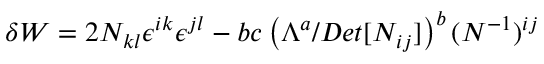
{ \delta W } = 2 N _ { k l } \epsilon ^ { i k } \epsilon ^ { j l } - b c \left( \Lambda ^ { a } / D e t [ N _ { i j } ] \right) ^ { b } ( N ^ { - 1 } ) ^ { i j }